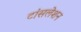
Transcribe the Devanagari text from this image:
टांंसलेशन